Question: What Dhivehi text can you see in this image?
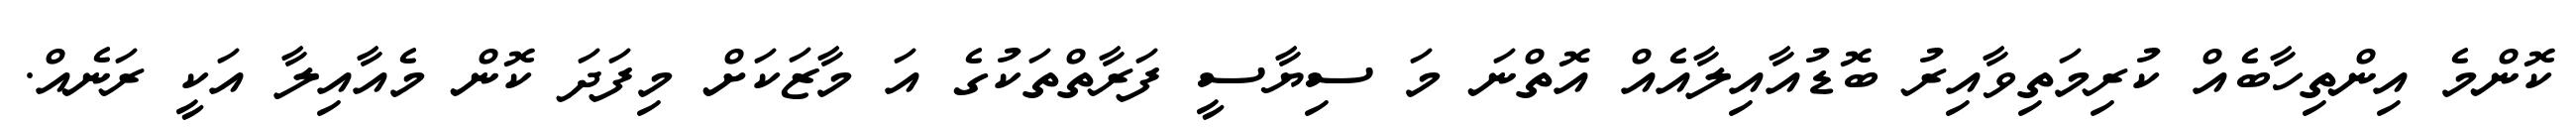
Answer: ކޮންމެ އިންތިހާބެއް ކުރިމަތިވާއިރު ބޮޑުއާއިލާއެއް އޮތްނަ މަ ސިޔާސީ ފަރާތްތަކުގެ އަ މާޒަކަށް މިފަދަ ކޮން މެއާއިލާ އަކީ ރަނެއް.